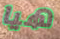
هيا